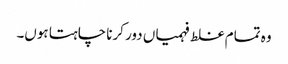
وہ تمام غلط فہمیاں دور کرنا چاہتا ہوں۔